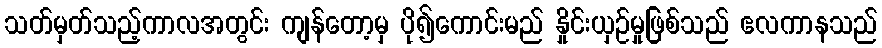
သတ်မှတ်သည့်ကာလအတွင်း ကျန်တော့မှ ပို၍ကောင်းမည် နှိုင်းယှဉ်မှုဖြစ်သည် ဧလကာနသည်